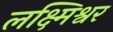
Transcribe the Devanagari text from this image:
लक्ष्मिश्वर